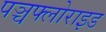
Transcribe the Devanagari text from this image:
पञ्चफ्लोराइड